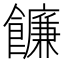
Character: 䭠